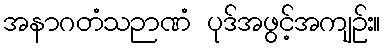
အနာဂတံသဉာဏံ ပုဒ်အဖွင့်အကျဉ်း။